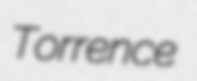
Torrence